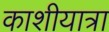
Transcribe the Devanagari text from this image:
काशीयात्रा